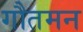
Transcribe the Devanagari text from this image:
गौतमन